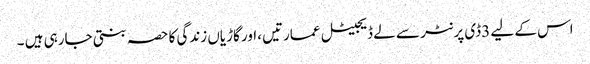
اس کے لیے 3ڈی پرنٹر سے لے ڈیجیٹل عمارتیں ،اور گاڑیاں زندگی کا حصہ بنتی جارہی ہیں ۔